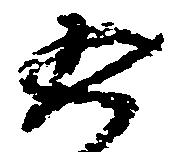
返